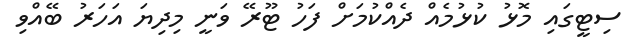
ސިޓީގައި މޮޅު ކުޅުމެއް ދެއްކުމަށް ފަހު ޓޫރޭ ވަނީ މިދިޔަ އަހަރު ބޭއްވި